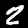
Digit: 2